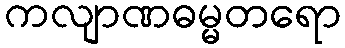
ကလျာဏဓမ္မတရော